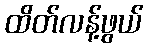
ထိတ်လန့်ဖွယ်